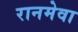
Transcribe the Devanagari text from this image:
रानमेवा